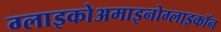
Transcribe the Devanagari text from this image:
ग्लाइकोअमाइनोग्लाइकॉन